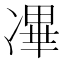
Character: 㓖